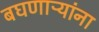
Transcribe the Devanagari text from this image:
बघणाऱ्यांना